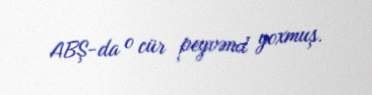
ABŞ-da o cür peyvənd yoxmuş.